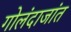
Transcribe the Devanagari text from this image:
गोलंदाजांत